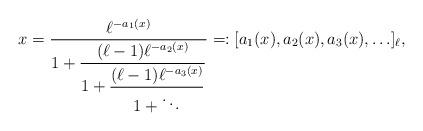
LaTeX: \begin{align*} x = \frac{\ell^{-a_1(x)}}{\displaystyle 1+\frac{(\ell-1)\ell^{-a_2(x)}}{\displaystyle 1 + \frac{(\ell-1)\ell^{-a_3(x)}}{\displaystyle 1 + \ddots} }}=:[a_1(x), a_2(x), a_3(x), \ldots]_{\ell},\end{align*}